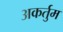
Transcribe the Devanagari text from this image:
अकर्तुम